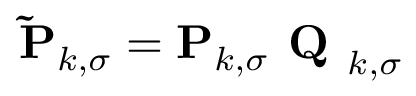
\mathbf { \widetilde { P } } _ { k , \sigma } = \mathbf { P } _ { k , \sigma } \textbf { Q } _ { k , \sigma }